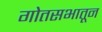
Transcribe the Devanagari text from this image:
गोतसभातून